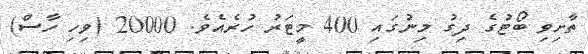
ތާށިވި ބޯޓުގެ ދިގު މިނުގައި 400 މީޓަރު ހުރެއެވެ. 20000 (ވިހި ހާސް)